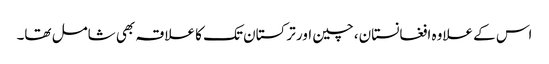
اس کے علاوہ افغانستان، چین اور ترکستان تک کا علاقہ بھی شامل تھا۔